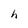
Character: h